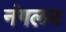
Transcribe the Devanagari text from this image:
नंगलव